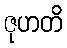
ဇုဟတိ